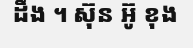
ដឹង ។ ស៊ុន អ៊ូ ខុង